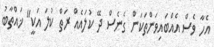
އެހާ ވެސް އެއްބައިވަންތަކަން ގެނެސް ދޭ ކުލައެއް ރަތް ކުލަ އަކީ" ޚައްތާބު